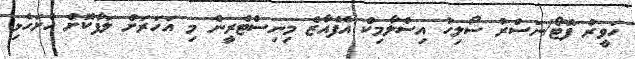
ހަވީރު ފޮޓޯ/ނަސްރު ސޯލިހު އިސްލާމިކް އެފެއާޒް މިނިސްޓްރީން މި އަހަރަށް ލަފާކޮށް ހުށަހެޅި